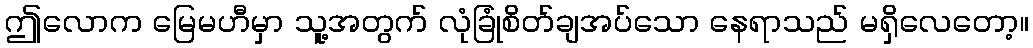
ဤလောက မြေမဟီမှာ သူ့အတွက် လုံခြုံစိတ်ချအပ်သော နေရာသည် မရှိလေတော့။